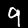
Digit: 9